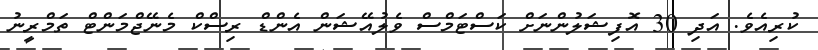
ކުރިއެވެ. އަދި 30 އޮފިޝަލުންނަށް ކަސްޓަމްސް ވެލުއޭޝަން އެންޑް ރިސްކް މެނޭޖްމަންޓް ތަމްރީނު